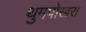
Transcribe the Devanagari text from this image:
थुमपोखरा